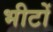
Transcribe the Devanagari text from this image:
भीटों